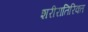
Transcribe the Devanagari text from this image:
शरीरातिरिक्त